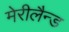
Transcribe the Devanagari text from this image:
मेरीलैन्ड